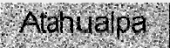
Atahualpa